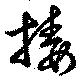
接